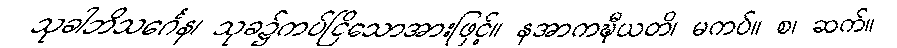
သုခါဘိသင်္ဂေန၊ သုခ၌ကပ်ငြိသောအားဖြင့်။ နအာကဍ္ဎီယတိ၊ မကပ်။ စ၊ ဆက်။